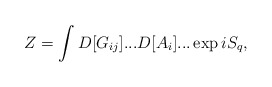
\begin{align*}Z=\int D[G_{ij}]...D[A_{i}]...\exp iS_{q},\end{align*}